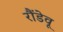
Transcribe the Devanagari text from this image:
रौंडेवू